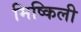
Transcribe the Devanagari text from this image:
मिष्किली